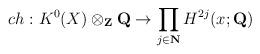
LaTeX: \begin{align*}ch: K^{0}(X)\otimes_{\bf Z}{\bf Q} \to \prod_{j\in {\bf N}} H^{2j}(x; {\bf Q})\end{align*}